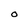
Character: O